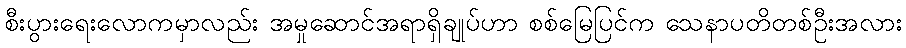
စီးပွားရေးလောကမှာလည်း အမှုဆောင်အရာရှိချုပ်ဟာ စစ်မြေပြင်က သေနာပတိတစ်ဦးအလား